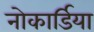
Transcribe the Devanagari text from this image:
नोकार्डिया